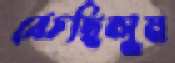
বেচছিলুম